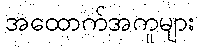
အထောက်အကူများ